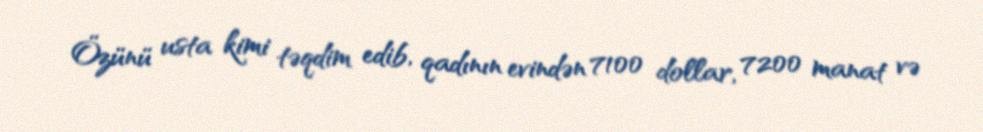
Özünü usta kimi təqdim edib, qadının evindən 7100 dollar, 7200 manat və